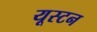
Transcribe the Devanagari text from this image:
यूस्टन